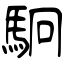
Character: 駉